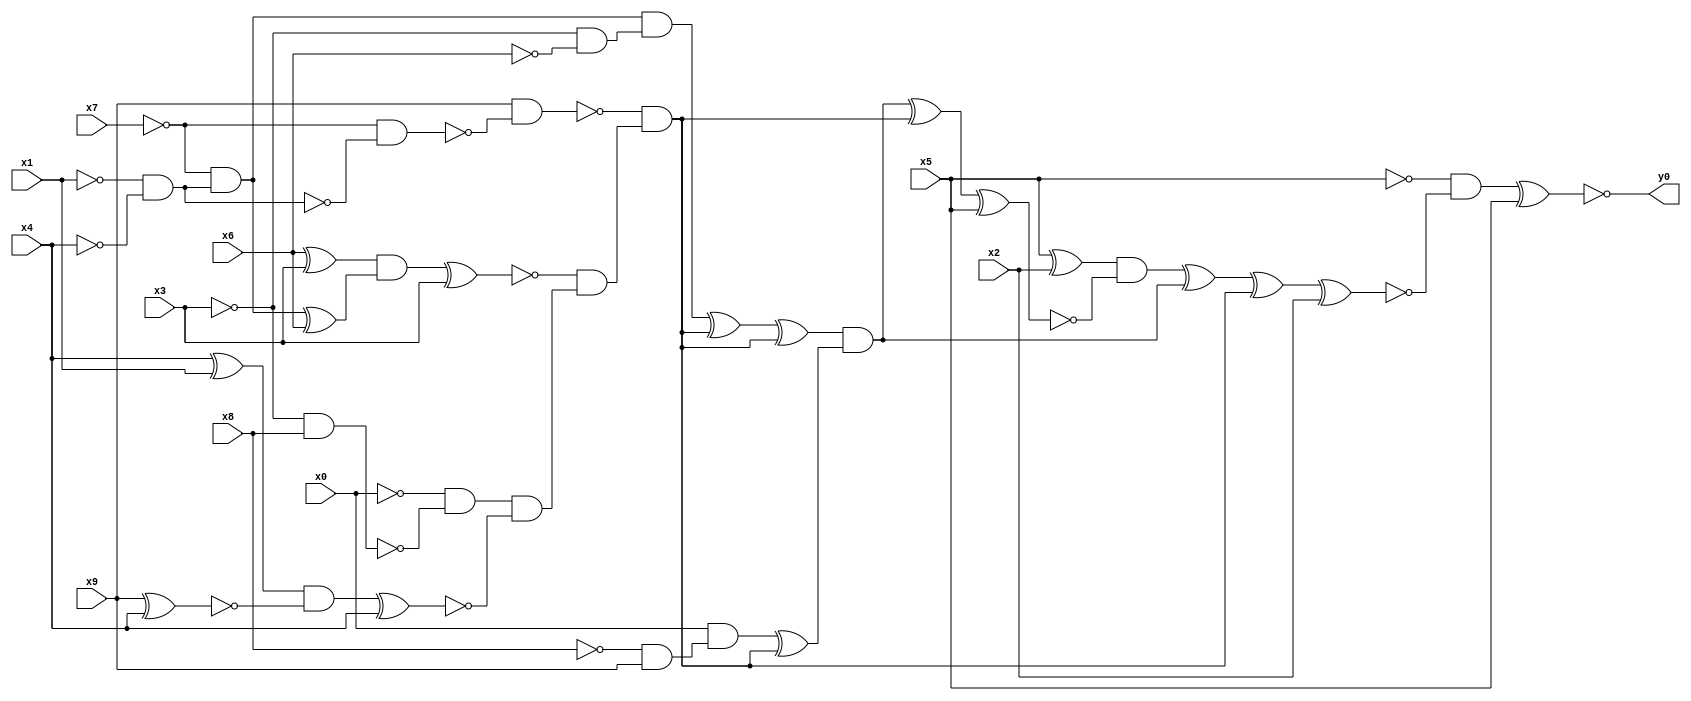
module top( x0 , x1 , x2 , x3 , x4 , x5 , x6 , x7 , x8 , x9 , y0 );
  input x0 , x1 , x2 , x3 , x4 , x5 , x6 , x7 , x8 , x9 ;
  output y0 ;
  wire n11 , n12 , n13 , n14 , n15 , n16 , n17 , n18 , n19 , n20 , n21 , n22 , n23 , n24 , n25 , n26 , n27 , n28 , n29 , n30 , n31 , n32 , n33 , n34 , n35 , n36 , n37 , n38 , n39 , n40 , n41 , n42 , n43 , n44 ;
  assign n11 = x5 ^ x2 ;
  assign n12 = ~x1 & ~x4 ;
  assign n16 = ~x7 & n12 ;
  assign n29 = ~x3 & ~x6 ;
  assign n30 = n16 & n29 ;
  assign n13 = ~x7 & ~n12 ;
  assign n14 = x9 & ~n13 ;
  assign n15 = x6 ^ x3 ;
  assign n17 = n16 ^ x6 ;
  assign n18 = n15 & n17 ;
  assign n19 = n18 ^ x3 ;
  assign n20 = ~x3 & x8 ;
  assign n21 = ~x0 & ~n20 ;
  assign n22 = x4 ^ x1 ;
  assign n23 = x9 ^ x4 ;
  assign n24 = n22 & ~n23 ;
  assign n25 = n24 ^ x4 ;
  assign n26 = n21 & ~n25 ;
  assign n27 = ~n19 & n26 ;
  assign n28 = ~n14 & n27 ;
  assign n31 = n30 ^ n28 ;
  assign n32 = n31 ^ n28 ;
  assign n33 = ~x8 & x9 ;
  assign n34 = x0 & n33 ;
  assign n35 = n34 ^ n28 ;
  assign n36 = n32 & n35 ;
  assign n37 = n36 ^ n28 ;
  assign n38 = n37 ^ x5 ;
  assign n39 = n11 & ~n38 ;
  assign n40 = n39 ^ n36 ;
  assign n41 = n40 ^ n28 ;
  assign n42 = n41 ^ x2 ;
  assign n43 = ~x5 & ~n42 ;
  assign n44 = n43 ^ x5 ;
  assign y0 = ~n44 ;
endmodule